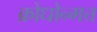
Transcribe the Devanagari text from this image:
क्रोधोन्मत्त